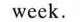
week.